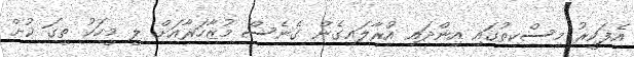
އެފަކީރު މިސްކިތުގައި އިންދައި އުރާލައިގެން ގެނެސް މުޒާހަރާއަށް ލީ މީހަކު ތީގަ ކުށް